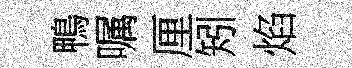
鴨嘱厘矧焰